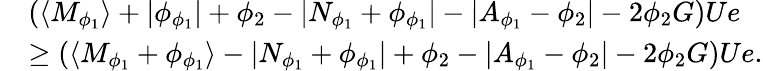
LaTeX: \begin{array}{rl}&{(\langle M_{\phi_{1}}\rangle+\lvert\phi_{\phi_{1}}\rvert+\phi_{2}-\lvert N_{\phi_{1}}+\phi_{\phi_{1}}\rvert-\lvert A_{\phi_{1}}-\phi_{2}\rvert-2\phi_{2}G)Ue}\\ &{\geq(\langle M_{\phi_{1}}+\phi_{\phi_{1}}\rangle-\lvert N_{\phi_{1}}+\phi_{\phi_{1}}\rvert+\phi_{2}-\lvert A_{\phi_{1}}-\phi_{2}\rvert-2\phi_{2}G)Ue.}\end{array}